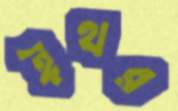
ঈথর